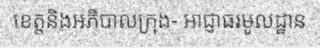
ខេត្តនិងអភិបាលក្រុង- អាជ្ញាធរមូលដ្ឋាន